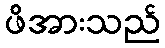
ဖိအားသည်